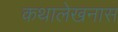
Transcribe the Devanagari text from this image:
कथालेखनास